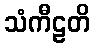
သံကီဠတိ